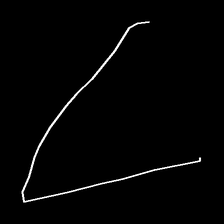
Glyph: region